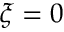
\xi = 0